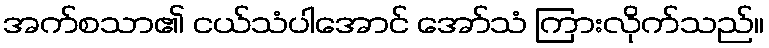
အက်စသာ၏ ငယ်သံပါအောင် အော်သံ ကြားလိုက်သည်။